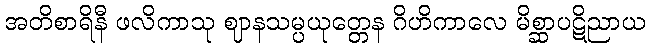
အတိစာရိနီ ဖလိကာသု ဈာနသမ္ပယုတ္တေန ဂိဟိကာလေ မိစ္ဆာပဋိညာယ